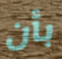
بأن